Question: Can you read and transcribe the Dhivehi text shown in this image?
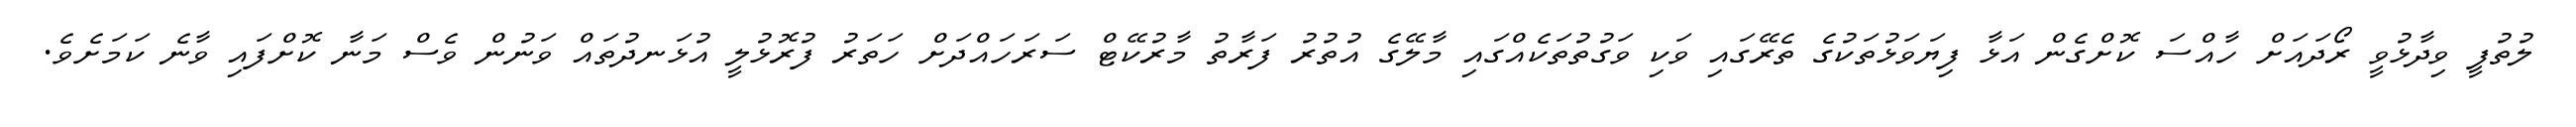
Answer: ލުތުފީ ވިދާޅުވީ ރޯދައަށް ހާއްސަ ކޮށްގެން އަޅާ ފިޔަވަޅުތަކުގެ ތެރޭގައި ވަކި ވަގުތުތަކެއްގައި މާލޭގެ އުތުރު ފަރާތު މާރުކޭޓް ސަރަހައްދަށް ހަތަރު ފުރޮޅުލީ އުޅަނދުތައް ވަނުން ވެސް މަނާ ކޮށްފައި ވާނެ ކަމަށެވެ.